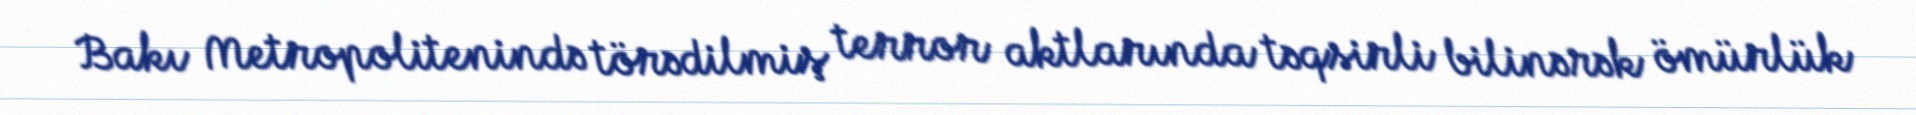
Bakı Metropolitenində törədilmiş terror aktlarında təqsirli bilinərək ömürlük